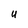
Character: U